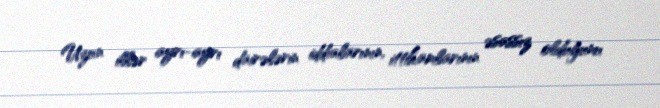
Uzun illər ayrı-ayrı dairələrin iddialarının, ittihamlarının əsassız olduğunu